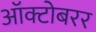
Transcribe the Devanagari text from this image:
ऑक्टोबरर